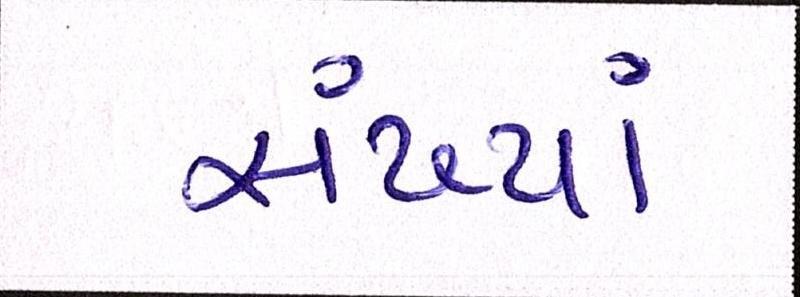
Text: સંખ્યાં